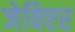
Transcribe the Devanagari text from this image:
जेविएर